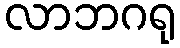
လာဘဂရု